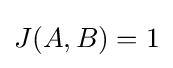
J(A,B)=1